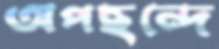
অপছন্দে